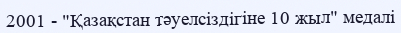
2001 - "Қазақстан тәуелсіздігіне 10 жыл" медалі